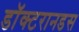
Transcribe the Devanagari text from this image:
डॉक्टरानडस